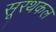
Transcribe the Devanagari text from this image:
सूरथकल